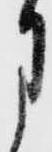
月